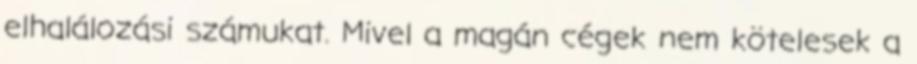
elhalálozási számukat. Mivel a magán cégek nem kötelesek a